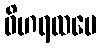
ဝိဟရထပေ